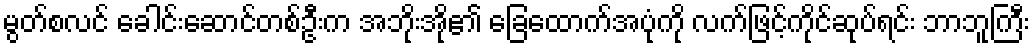
မွတ်စလင် ခေါင်းဆောင်တစ်ဦးက အဘိုးအို၏ ခြေထောက်အပုံကို လက်ဖြင့်ကိုင်ဆုပ်ရင်း ဘာဘူကြီး